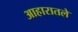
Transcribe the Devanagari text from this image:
आहारातले